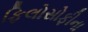
ફિલોસોફીના